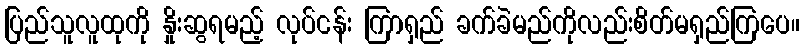
ပြည်သူလူထုကို နှိုးဆွရမည့် လုပ်ငန်း ကြာရှည် ခက်ခဲမည်ကိုလည်းစိတ်မရှည်ကြပေ။